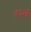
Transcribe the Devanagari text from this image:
१८५५ई